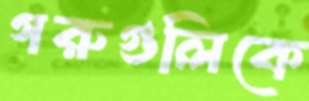
গরুগুলিকে